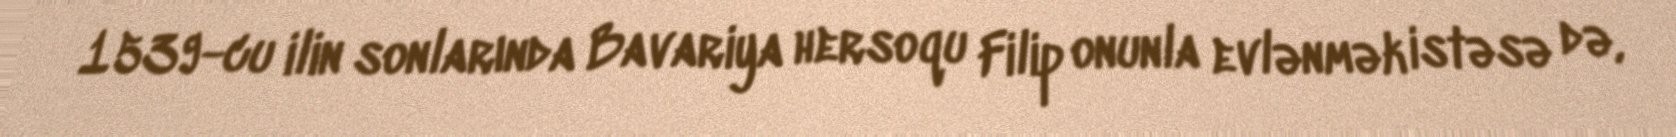
1539-cu ilin sonlarında Bavariya hersoqu Filip onunla evlənmək istəsə də,